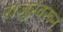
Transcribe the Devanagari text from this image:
राजूरवरून